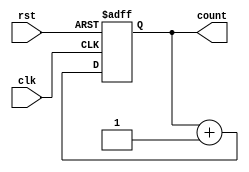
module simpleCounter (clk,rst,count);
  input clk,rst;
  output [7:0] count;
  reg [7:0] count;

  always @ (posedge clk or posedge rst) begin
    if (rst)
      count = 8'b0;
    else
      count = count + 1;
  end
endmodule

module clock (clk);
  output reg clk = 0;
  always
    #10 clk = ~clk;
endmodule